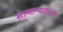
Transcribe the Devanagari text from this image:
सामान्यतःअ